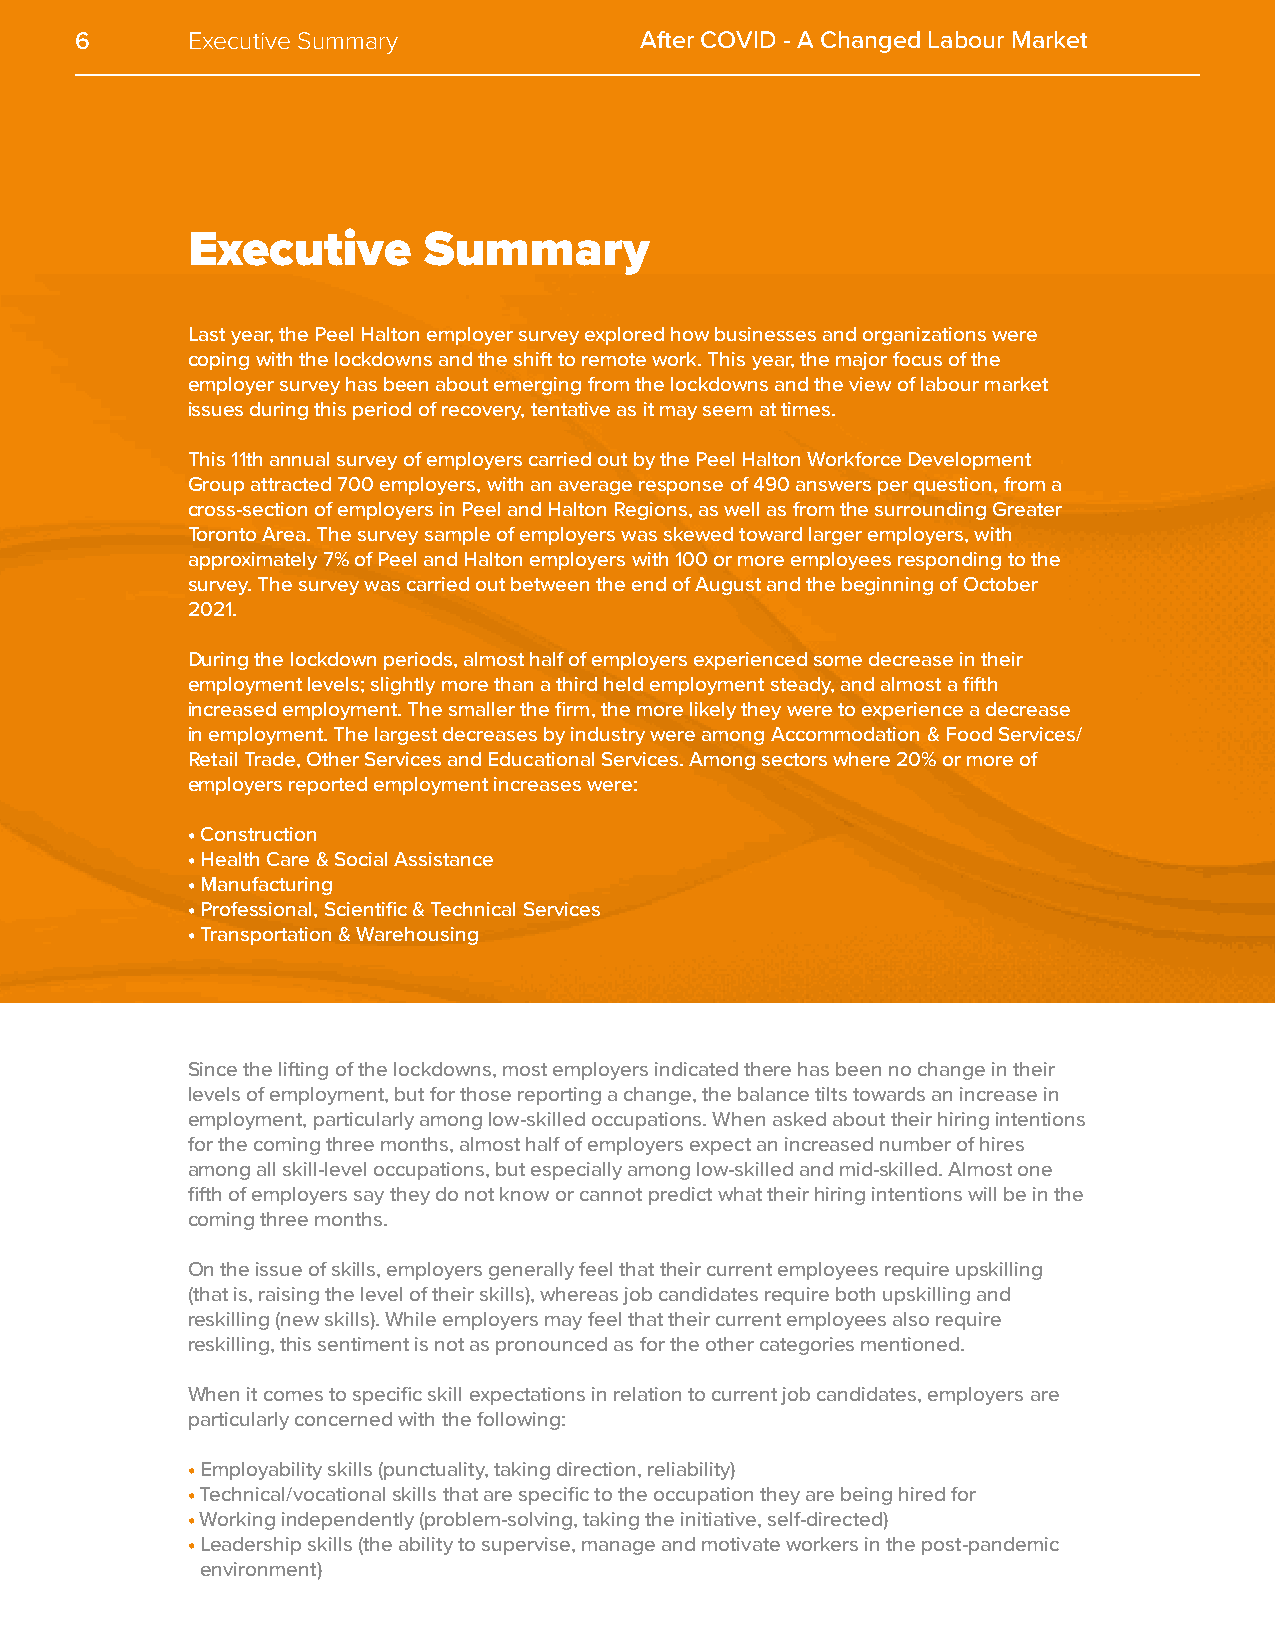
6      Executive Summary             After COVID - A Changed Labour Market
 Executive       Summary
 Last year, the Peel Halton employer survey explored how businesses and organizations were
 coping with the lockdowns and the shift to remote work. This year, the major focus of the
 employer survey has been about emerging from the lockdowns and the view of labour market
 issues during this period of recovery, tentative as it may seem at times.
 This 11th annual survey of employers carried out by the Peel Halton Workforce Development
 Group attracted 700 employers, with an average response of 490 answers per question, from a
 cross-section of employers in Peel and Halton Regions, as well as from the surrounding Greater
 Toronto Area. The survey sample of employers was skewed toward larger employers, with
 approximately 7% of Peel and Halton employers with 100 or more employees responding to the
 survey. The survey was carried out between the end of August and the beginning of October
 2021.
 During the lockdown periods, almost half of employers experienced some decrease in their
 employment levels; slightly more than a third held employment steady, and almost a fifth
 increased employment. The smaller the firm, the more likely they were to experience a decrease
 in employment. The largest decreases by industry were among Accommodation & Food Services/
 Retail Trade, Other Services and Educational Services. Among sectors where 20% or more of
 employers reported employment increases were:
 • Construction
 • Health Care & Social Assistance
 • Manufacturing
 • Professional, Scientific & Technical Services
 • Transportation & Warehousing
 Since the lifting of the lockdowns, most employers indicated there has been no change in their
 levels of employment, but for those reporting a change, the balance tilts towards an increase in
 employment, particularly among low-skilled occupations. When asked about their hiring intentions
 for the coming three months, almost half of employers expect an increased number of hires
 among all skill-level occupations, but especially among low-skilled and mid-skilled. Almost one
 fifth of employers say they do not know or cannot predict what their hiring intentions will be in the
 coming three months.
 On the issue of skills, employers generally feel that their current employees require upskilling
 (that is, raising the level of their skills), whereas job candidates require both upskilling and
 reskilling (new skills). While employers may feel that their current employees also require
 reskilling, this sentiment is not as pronounced as for the other categories mentioned.
 When it comes to specific skill expectations in relation to current job candidates, employers are
 particularly concerned with the following:
 • Employability skills (punctuality, taking direction, reliability)
 • Technical/vocational skills that are specific to the occupation they are being hired for
 • Working independently (problem-solving, taking the initiative, self-directed)
 • Leadership skills (the ability to supervise, manage and motivate workers in the post-pandemic
 environment)